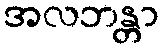
အလဘန္တာ